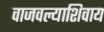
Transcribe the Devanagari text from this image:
वाजवल्याशिवाय